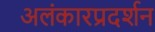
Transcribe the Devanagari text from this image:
अलंकारप्रदर्शन